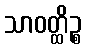
သာဝတ္ထိဉ္စ